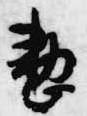
整